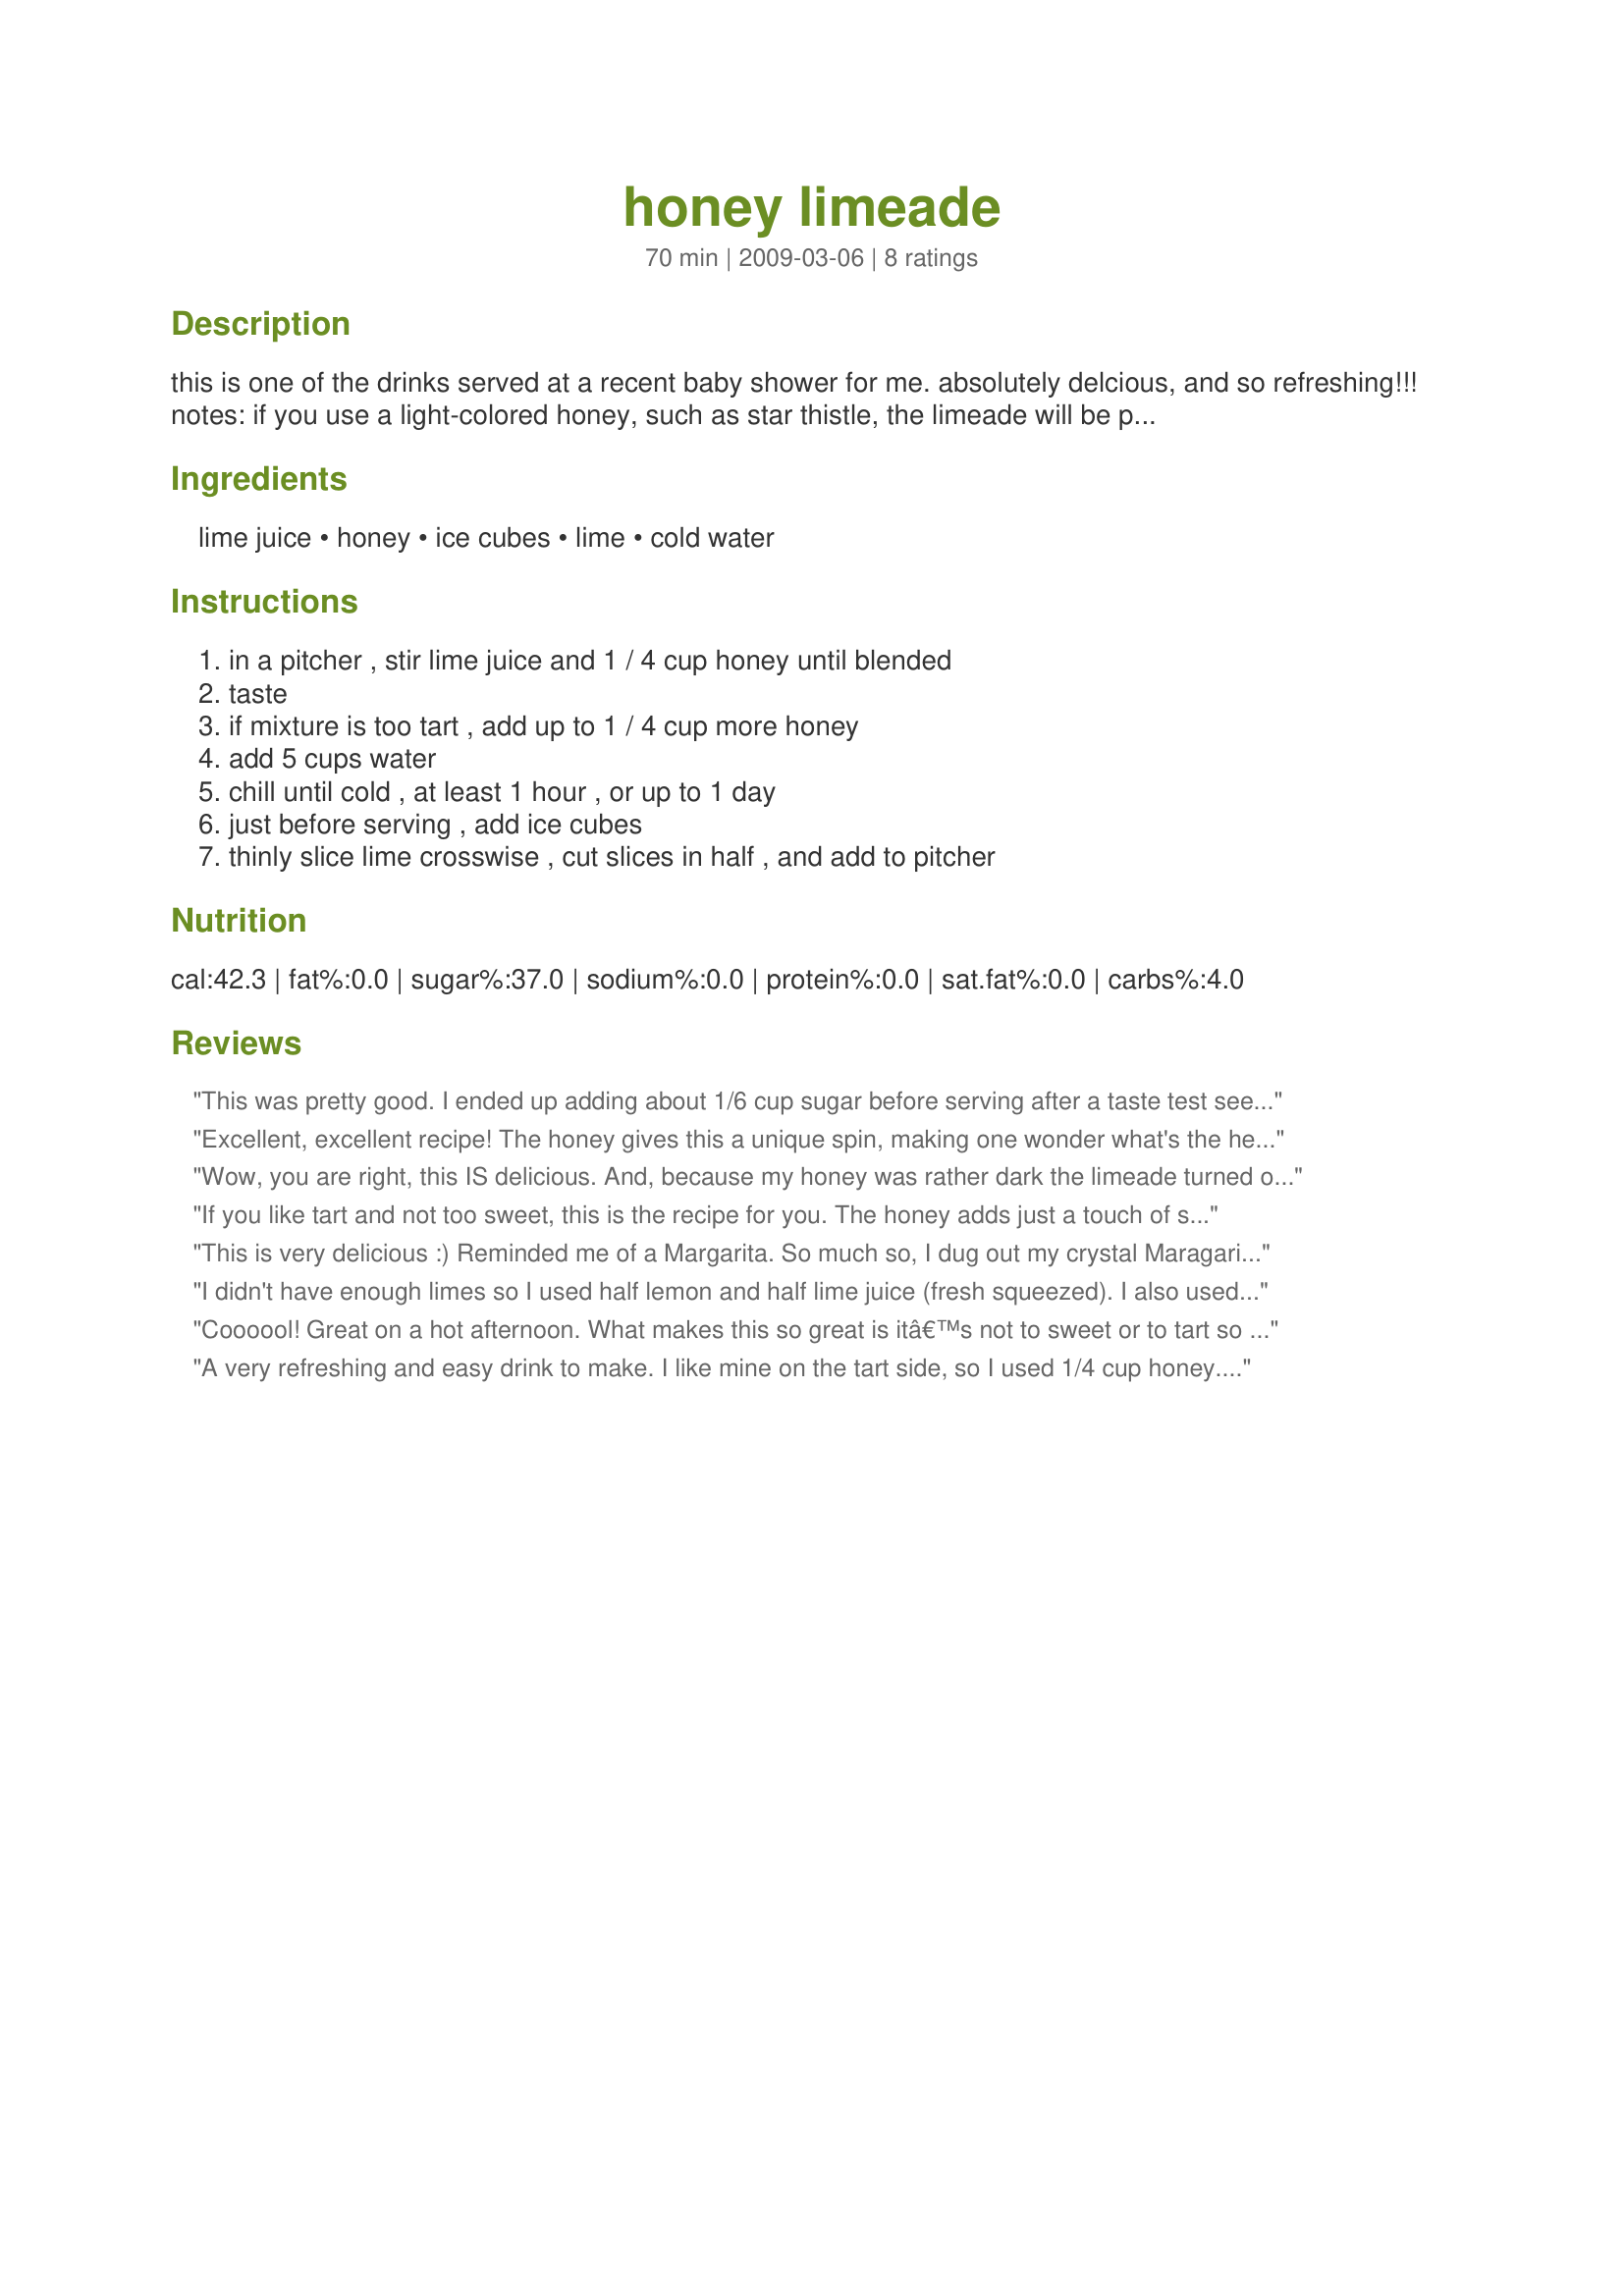
honey limeade
Preparation time: 70 minutes

this is one of the drinks served at a recent baby shower for me. absolutely delcious, and so refreshing!!!

notes: if you use a light-colored honey, such as star thistle, the limeade will be prettier. cooking time is chill time.

Ingredients:
lime juice, honey, ice cubes, lime, cold water

Steps:
in a pitcher , stir lime juice and 1 / 4 cup honey until blended, taste, if mixture is too tart , add up to 1 / 4 cup more honey, add 5 cups water, chill until cold , at least 1 hour , or up to 1 day, just before serving , add ice cubes, thinly slice lime crosswise , cut slices in half , and add to pitcher

Reviews:
This was pretty good. I ended up adding about 1/6 cup sugar before serving after a taste test seemed too tart.
Excellent, excellent recipe! The honey gives this a unique spin, making one wonder what's the heck in this that taste so good. Made for PRMR
Wow, you are right, this IS delicious. And, because my honey was rather dark the limeade turned out rather dark, as well. Thanks for a great summertime beverage recipe!
If you like tart and not too sweet, this is the recipe for you. The honey adds just a touch of sweetness w/o being overly so. Perfect for a warm day.
Made for I Recommend~
This is very delicious :) Reminded me of a Margarita. So much so, I dug out my crystal Maragarita glasses. I wiped the rim with lime, and rimmed with sugar instead of salt. It was perfect. I did add a little more than 1/4 cup of honey, but not the full 1/2 cup. This is going to go down so well on a hot afternoon, expecially after I've been working in the garden. Of course it's going down good right now too! Thanks Kittycatmom for another wonderful recipe. Made for Spring PAC 2009.
I didn't have enough limes so I used half lemon and half lime juice (fresh squeezed). I also used the 1/2 cup of honey. Absolutely delicious!
Coooool! Great on a hot afternoon. What makes this so great is itâ€™s not to sweet or to tart so it quenches your thrust perfectly. Way better then lemonade. 8+)
A very refreshing and easy drink to make. I like mine on the tart side, so I used 1/4 cup honey. I'll definately keep this recipe on hand for entertaining on the patio! Thanks for sharing! Made for Everyday is a Holiday Tag.
